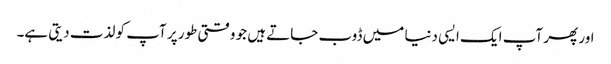
اور پھر آپ ایک ایسی دنیا میں ڈوب جاتے ہیں جو وقتی طور پر آپ کو لذت دیتی ہے۔